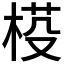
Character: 𣓒